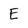
Character: E